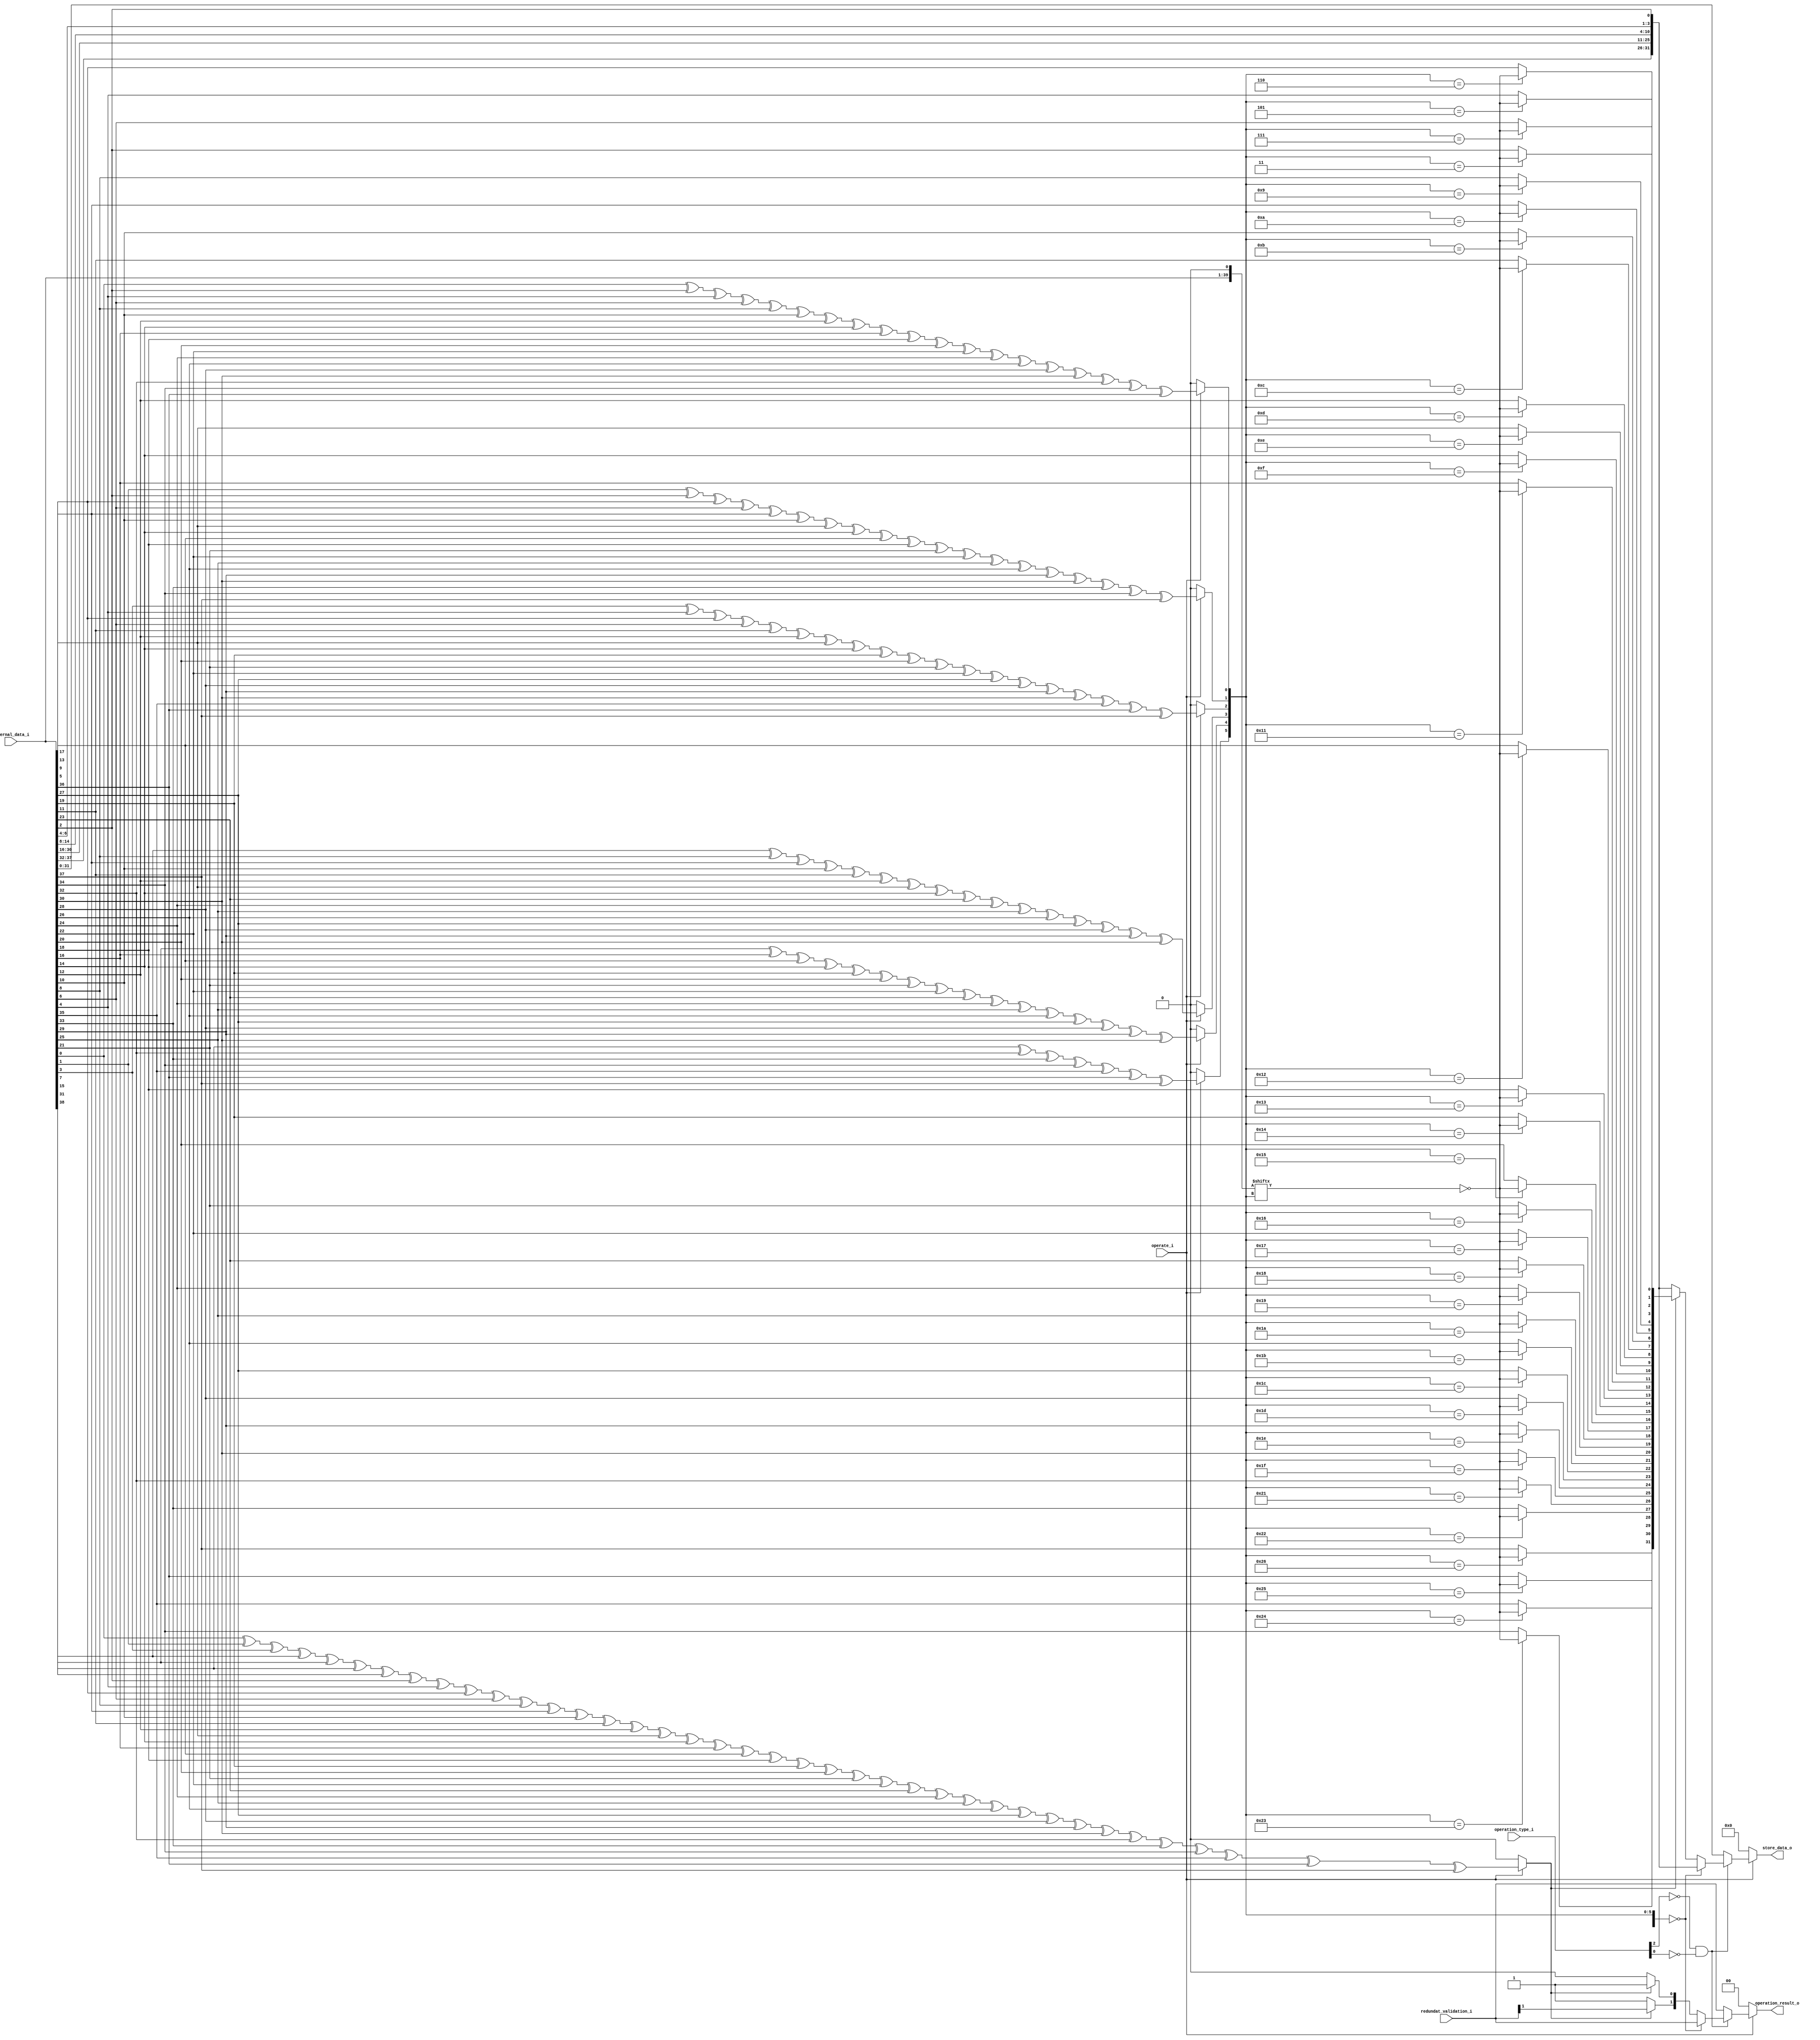
// SPDX-FileCopyrightText: 2020 Efabless Corporation
//
// Licensed under the Apache License, Version 2.0 (the "License");
// you may not use this file except in compliance with the License.
// You may obtain a copy of the License at
//
//      http://www.apache.org/licenses/LICENSE-2.0
//
// Unless required by applicable law or agreed to in writing, software
// distributed under the License is distributed on an "AS IS" BASIS,
// WITHOUT WARRANTIES OR CONDITIONS OF ANY KIND, either express or implied.
// See the License for the specific language governing permissions and
// limitations under the License.
// SPDX-License-Identifier: Apache-2.0

`default_nettype none
//-----------------------------------------------------
// Project Name : a.out
// Function     : Main processor 
// Description  : This is the main processor
// Coder        : Jaquer AND VORIXO

//***Headers***
//***Module***
module data_verificator #(
        parameter integer WORD_SIZE = 32,
        parameter integer ECCBITS = 7,
        parameter integer VERIFICATION_PINS = 2
    )
    (
        `ifdef USE_POWER_PINS
        inout wire vdda1,	// User area 1 3.3V supply
        inout wire vdda2,	// User area 2 3.3V supply
        inout wire vssa1,	// User area 1 analog ground
        inout wire vssa2,	// User area 2 analog ground
        inout wire vccd1,	// User area 1 1.8V supply
        inout wire vccd2,	// User area 2 1.8v supply
        inout wire vssd1,	// User area 1 digital ground
        inout wire vssd2,	// User area 2 digital ground
        `endif
        input  wire [WORD_SIZE + ECCBITS- 1 : 0] internal_data_i ,
        input  wire [VERIFICATION_PINS - 1 : 0] redundat_validation_i,
        input  wire operate_i ,
        input  wire [2 : 0] operation_type_i,
        output reg [VERIFICATION_PINS - 1 : 0] operation_result_o ,
        output reg [WORD_SIZE - 1 : 0] store_data_o
    );

//***Internal logic generated by compiler***  


    reg [1:0] state_of_data;
    reg [WORD_SIZE-1:0] data_store;
    reg [WORD_SIZE + ECCBITS -1:0] correction_stage;
    wire [WORD_SIZE + ECCBITS  :0] data_representation;
    wire [ECCBITS -1:0] parity_bits;

    
    /*
    #######################################################################################
    # Conversion table
    #######################################################################################
    Position -> value
    0:  parity_bits_i[0]
    1:  parity_bits_i[1]
    2:  internal_data_i[0]
    3:  parity_bits_i[2]
    4:  internal_data_i[1]
    5:  internal_data_i[2]
    6:  internal_data_i[3]
    7:  parity_bits_i[3]
    8:  internal_data_i[4]
    9:  internal_data_i[5]
    10: internal_data_i[6]
    11: internal_data_i[7]
    12: internal_data_i[8]
    13: internal_data_i[9]
    14: internal_data_i[10]
    15: parity_bits_i[4]
    16: internal_data_i[11]
    17: internal_data_i[12]
    18: internal_data_i[13]
    19: internal_data_i[14]
    20: internal_data_i[15]
    21: internal_data_i[16]
    22: internal_data_i[17]
    23: internal_data_i[18]
    24: internal_data_i[19]
    25: internal_data_i[20]
    26: internal_data_i[21]
    27: internal_data_i[22]
    28: internal_data_i[23]
    29: internal_data_i[24]
    30: internal_data_i[25]
    31: parity_bits_i[5]
    32: internal_data_i[26]
    33: internal_data_i[27]
    34: internal_data_i[28]
    35: internal_data_i[29]
    36: internal_data_i[30]
    37: internal_data_i[31]
    38: parity_bits_i[6]
    #######################################################################################
    */

    
    assign parity_bits[0] = operate_i ? internal_data_i[0] ^ internal_data_i[2] ^ internal_data_i[4] ^ internal_data_i[6] ^ internal_data_i[8] ^ internal_data_i[10] ^ internal_data_i[12] ^ internal_data_i[14] ^ internal_data_i[16] ^ internal_data_i[18] ^ internal_data_i[20] ^ internal_data_i[22] ^ internal_data_i[24] ^ internal_data_i[26] ^ internal_data_i[28] ^ internal_data_i[30] ^ internal_data_i[32] ^ internal_data_i[34] ^ internal_data_i[36] : 1'b0;
    //assign parity_bits[0] = operate_i ? parity_bits_i[0] ^ internal_data_i[0] ^ internal_data_i[1]^ internal_data_i[3] ^ internal_data_i[4]  ^ internal_data_i[6] ^ internal_data_i[8]^ internal_data_i[10] ^ internal_data_i[11] ^ internal_data_i[13]^ internal_data_i[15]^ internal_data_i[17] ^ internal_data_i[19] ^ internal_data_i[21] ^ internal_data_i[23] ^ internal_data_i[25] ^ internal_data_i[26] ^ internal_data_i[28] ^ internal_data_i[30] : 1'b0;
    assign parity_bits[1] = operate_i ? internal_data_i[1] ^ internal_data_i[2] ^ internal_data_i[5] ^ internal_data_i[6] ^ internal_data_i[9] ^ internal_data_i[10] ^ internal_data_i[13] ^ internal_data_i[14] ^ internal_data_i[17] ^ internal_data_i[18] ^ internal_data_i[21] ^ internal_data_i[22] ^ internal_data_i[25] ^ internal_data_i[26] ^ internal_data_i[29] ^ internal_data_i[30] ^ internal_data_i[33] ^ internal_data_i[34]^ internal_data_i[37] : 1'b0; 
    //assign parity_bits[1] = operate_i ? parity_bits_i[1] ^ internal_data_i[0] ^ internal_data_i[2]^ internal_data_i[3] ^ internal_data_i[5]  ^ internal_data_i[6] ^ internal_data_i[9]^ internal_data_i[10] ^ internal_data_i[12] ^ internal_data_i[13]^ internal_data_i[16]^ internal_data_i[17] ^ internal_data_i[20] ^ internal_data_i[21] ^ internal_data_i[24] ^ internal_data_i[25] ^ internal_data_i[27] ^ internal_data_i[28] ^ internal_data_i[31] : 1'b0;
    assign parity_bits[2] = operate_i ? internal_data_i[3] ^ internal_data_i[4] ^ internal_data_i[5] ^ internal_data_i[6] ^ internal_data_i[11] ^ internal_data_i[12] ^ internal_data_i[13] ^ internal_data_i[14] ^ internal_data_i[19] ^ internal_data_i[20] ^ internal_data_i[21] ^ internal_data_i[22] ^ internal_data_i[27] ^ internal_data_i[28] ^ internal_data_i[29] ^ internal_data_i[30] ^ internal_data_i[35] ^ internal_data_i[36] ^ internal_data_i[37] : 1'b0; 
    //assign parity_bits[2] = operate_i ? parity_bits_i[2] ^ internal_data_i[1] ^ internal_data_i[2]^ internal_data_i[3] ^ internal_data_i[7]  ^ internal_data_i[8] ^ internal_data_i[9]^ internal_data_i[10] ^ internal_data_i[14] ^ internal_data_i[15]^ internal_data_i[16]^ internal_data_i[17] ^ internal_data_i[22] ^ internal_data_i[23] ^ internal_data_i[24] ^ internal_data_i[25] ^ internal_data_i[29] ^ internal_data_i[30] ^ internal_data_i[31] : 1'b0;
    assign parity_bits[3] = operate_i ? internal_data_i[7] ^ internal_data_i[8] ^ internal_data_i[9] ^ internal_data_i[10] ^ internal_data_i[11] ^ internal_data_i[12] ^ internal_data_i[13] ^ internal_data_i[14] ^ internal_data_i[23] ^ internal_data_i[24] ^ internal_data_i[25] ^ internal_data_i[26] ^ internal_data_i[27] ^ internal_data_i[28] ^ internal_data_i[29] ^ internal_data_i[30] : 1'b0;              
    //assign parity_bits[3] = operate_i ? parity_bits_i[3] ^ internal_data_i[4] ^ internal_data_i[5]^ internal_data_i[6] ^ internal_data_i[7]  ^ internal_data_i[8] ^ internal_data_i[9]^ internal_data_i[10] ^ internal_data_i[18] ^ internal_data_i[19]^ internal_data_i[20]^ internal_data_i[21] ^ internal_data_i[22] ^ internal_data_i[23] ^ internal_data_i[24] ^ internal_data_i[25] : 1'b0;
    assign parity_bits[4] = operate_i ? internal_data_i[15] ^ internal_data_i[16] ^ internal_data_i[17] ^ internal_data_i[18] ^ internal_data_i[19] ^ internal_data_i[20] ^ internal_data_i[21] ^ internal_data_i[22] ^ internal_data_i[23] ^ internal_data_i[24] ^ internal_data_i[25] ^ internal_data_i[26] ^ internal_data_i[27] ^ internal_data_i[28] ^ internal_data_i[29] ^ internal_data_i[30] : 1'b0;
    //assign parity_bits[4] = operate_i ? parity_bits_i[4] ^ internal_data_i[11] ^ internal_data_i[12] ^ internal_data_i[13]^ internal_data_i[14] ^ internal_data_i[15]  ^ internal_data_i[16] ^ internal_data_i[17]^ internal_data_i[18] ^ internal_data_i[19] ^ internal_data_i[20]^ internal_data_i[21]^ internal_data_i[22] ^ internal_data_i[23] ^ internal_data_i[24] ^ internal_data_i[25] : 1'b0;
    assign parity_bits[5] = operate_i ? internal_data_i[31] ^ internal_data_i[32] ^ internal_data_i[33] ^ internal_data_i[34] ^ internal_data_i[35] ^ internal_data_i[36] ^ internal_data_i[37] : 1'b0;
    //assign parity_bits[5] = operate_i ? parity_bits_i[5] ^ internal_data_i[26] ^ internal_data_i[27]^ internal_data_i[28] ^ internal_data_i[29]  ^ internal_data_i[30] ^ internal_data_i[31] : 1'b0;
    assign parity_bits[6] = operate_i ? internal_data_i[0] ^ internal_data_i[1] ^ internal_data_i[3] ^ internal_data_i[7] ^ internal_data_i[15] ^ internal_data_i[31] ^ internal_data_i[38] ^ internal_data_i[2] ^ internal_data_i[4] ^ internal_data_i[5] ^ internal_data_i[6] ^ internal_data_i[8] ^ internal_data_i[9] ^ internal_data_i[10] ^ internal_data_i[11] ^ internal_data_i[12] ^ internal_data_i[13] ^ internal_data_i[14] ^ internal_data_i[16] ^ internal_data_i[17] ^ internal_data_i[18] ^ internal_data_i[19] ^ internal_data_i[20] ^ internal_data_i[21] ^ internal_data_i[22] ^ internal_data_i[23] ^ internal_data_i[24] ^ internal_data_i[25] ^ internal_data_i[26] ^ internal_data_i[27] ^ internal_data_i[28] ^ internal_data_i[29] ^ internal_data_i[30] ^ internal_data_i[32] ^ internal_data_i[33] ^ internal_data_i[34] ^ internal_data_i[35] ^ internal_data_i[36] ^ internal_data_i[37] : 1'b0;      
    //assign parity_bits[6] = operate_i ? parity_bits_i[0] ^ parity_bits_i[1] ^ parity_bits_i[2] ^ parity_bits_i[3] ^ parity_bits_i[4] ^ parity_bits_i[5] ^ parity_bits_i[6] ^                  internal_data_i[0] ^internal_data_i[1] ^ internal_data_i[2] ^ internal_data_i[3] ^ internal_data_i[4]^ internal_data_i[5]   ^ internal_data_i[6]^ internal_data_i[7]^ internal_data_i[8]^ internal_data_i[9]^ internal_data_i[10]         ^ internal_data_i[11]^ internal_data_i[12]^ internal_data_i[13]^ internal_data_i[14]^ internal_data_i[15]^ internal_data_i[16]^ internal_data_i[17]^ internal_data_i[18]        ^ internal_data_i[19]^ internal_data_i[20]^ internal_data_i[21]^ internal_data_i[22]^ internal_data_i[23]^ internal_data_i[24]^ internal_data_i[25]^ internal_data_i[26]^ internal_data_i[27]         ^ internal_data_i[28]^ internal_data_i[29]^ internal_data_i[30]^ internal_data_i[31] : 1'b0;

    //assign data_representation = {internal_data_i[31],internal_data_i[30],internal_data_i[29],internal_data_i[28],internal_data_i[27],internal_data_i[26],parity_bits_i[5],internal_data_i[25],internal_data_i[24],internal_data_i[23],internal_data_i[22],internal_data_i[21],internal_data_i[20],internal_data_i[19],internal_data_i[18],internal_data_i[17],internal_data_i[16],internal_data_i[15],internal_data_i[14],internal_data_i[13],internal_data_i[12],internal_data_i[11],parity_bits_i[4],internal_data_i[10],internal_data_i[9],internal_data_i[8],internal_data_i[7],internal_data_i[6],internal_data_i[5],internal_data_i[4],parity_bits_i[3],internal_data_i[3],internal_data_i[2],internal_data_i[1],parity_bits_i[2],internal_data_i[0], parity_bits_i[1], parity_bits_i[0],1'b0};
    assign data_representation = {internal_data_i, 1'b0};

    always @(*) begin
        if (operate_i == 1'b1 ) begin
            if (operation_type_i[2] == 1'b0 &  operation_type_i[0] == 1'b0) begin
                if (parity_bits == 7'b0000000) begin
                state_of_data = redundat_validation_i; // this if is a ecc standart will put 00 if not will put the result of the miss match
                data_store = {data_representation[38],data_representation[37],data_representation[36],data_representation[35],data_representation[34],data_representation[33],data_representation[31],data_representation[30],data_representation[29],data_representation[28],data_representation[27],data_representation[26],data_representation[25],data_representation[24],data_representation[23],data_representation[22],data_representation[21],data_representation[20],data_representation[19],data_representation[18],data_representation[17],data_representation[15],data_representation[14],data_representation[13],data_representation[12],data_representation[11],data_representation[10],data_representation[9],data_representation[7],data_representation[6],data_representation[5], data_representation[3]};
                end
                else begin
                    if (parity_bits[6] == 1'b0) begin
                        state_of_data = 2'b10;
                        data_store = {data_representation[38],data_representation[37],data_representation[36],data_representation[35],data_representation[34],data_representation[33],data_representation[31],data_representation[30],data_representation[29],data_representation[28],data_representation[27],data_representation[26],data_representation[25],data_representation[24],data_representation[23],data_representation[22],data_representation[21],data_representation[20],data_representation[19],data_representation[18],data_representation[17],data_representation[15],data_representation[14],data_representation[13],data_representation[12],data_representation[11],data_representation[10],data_representation[9],data_representation[7],data_representation[6],data_representation[5], data_representation[3]};
                    end
                    else begin
                        state_of_data[0] = 1'b1;
                        state_of_data[1] = redundat_validation_i[1];
                        correction_stage = data_representation;
                        correction_stage[parity_bits[5:0]] = !data_representation[parity_bits[5:0]];
                        data_store = {correction_stage[38],correction_stage[37],correction_stage[36],correction_stage[35],correction_stage[34],correction_stage[33],correction_stage[31],correction_stage[30],correction_stage[29],correction_stage[28],correction_stage[27],correction_stage[26],correction_stage[25],correction_stage[24],correction_stage[23],correction_stage[22],correction_stage[21],correction_stage[20],correction_stage[19],correction_stage[18],correction_stage[17],correction_stage[15],correction_stage[14],correction_stage[13],correction_stage[12],correction_stage[11],correction_stage[10],correction_stage[9],correction_stage[7],correction_stage[6],correction_stage[5], correction_stage[3]};
                        //data_store = correction_stage ^ internal_data_i;
                        
                    end
                end
            end
            else begin
                state_of_data = redundat_validation_i;
                data_store = internal_data_i[31:0];
            end
            
        end
        else begin
        data_store = {WORD_SIZE {1'b0}}; 
        state_of_data = 2'b00;
        end
        // output the data
        store_data_o = data_store;
        operation_result_o = state_of_data;
    end

    
//***Handcrafted Internal logic*** 
//TODO
endmodule